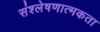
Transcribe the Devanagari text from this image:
संश्लेषणात्मकता